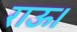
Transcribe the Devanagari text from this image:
राऊ।